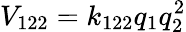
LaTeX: V_{122}=k_{122}q_{1}q_{2}^{2}